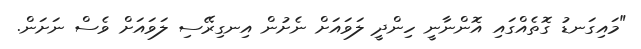
"މައިގަނޑު ގޮތެއްގައި އޮންނާނީ ހިންދީ ލަވައަށް ނެށުން އިނގިރޭސި ލަވައަށް ވެސް ނަށަން.